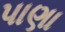
પાણા